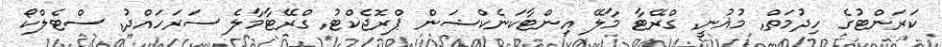
ކަރަންޓުގެ ހިދުމަތް